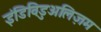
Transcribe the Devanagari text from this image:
इंडिविडुअलिज़म